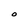
Character: O